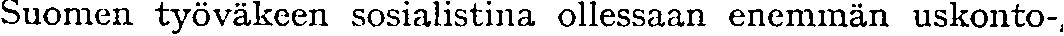
Suomen työväkeen sosialistina ollessaan enemmän uskonto-